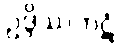
ဥဒ္ဒိဿကဋံ